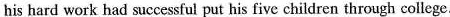
his hard work had successful put his five children through college.